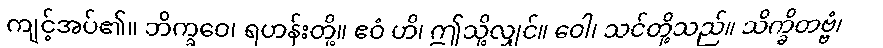
ကျင့်အပ်၏။ ဘိက္ခဝေ၊ ရဟန်းတို့။ ဧဝံ ဟိ၊ ဤသို့လျှင်။ ဝေါ၊ သင်တို့သည်။ သိက္ခိတဗ္ဗံ၊